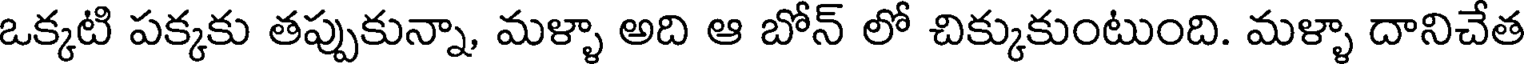
ఒక్కటి పక్కకు తప్పుకున్నా, మళ్ళా అది ఆ బోన్ లో చిక్కుకుంటుంది. మళ్ళా దానిచేత